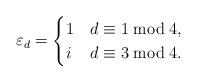
LaTeX: \begin{align*} \varepsilon_d = \begin{cases} 1 & d \equiv 1 \bmod 4, \\ i & d \equiv 3 \bmod 4. \end{cases}\end{align*}